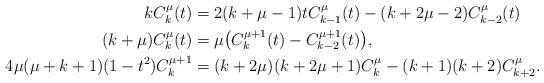
LaTeX: \begin{align*}kC_k^\mu(t)&=2(k+\mu-1)tC_{k-1}^\mu(t)-(k+2\mu-2)C_{k-2}^\mu(t)\\(k+\mu)C_k^\mu(t)&=\mu\big(C_k^{\mu+1}(t)-C_{k-2}^{\mu+1}(t)\big),\\4\mu(\mu+k+1)(1-t^2)C_{k}^{\mu+1}&=(k+2\mu)(k+2\mu+1)C_{k}^{\mu}-(k+1)(k+2)C_{k+2}^{\mu}.\end{align*}